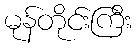
မုန်တိုင်းကြီး